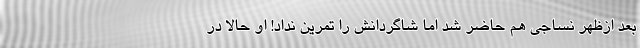
بعد ازظهر نساجی هم حاضر شد اما شاگردانش را تمرین نداد! او حالا در